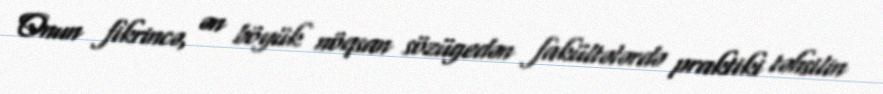
Onun fikrincə, ən böyük nöqsan sözügedən fakültələrdə praktiki təhsilin